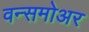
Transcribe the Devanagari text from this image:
वन्समोअर